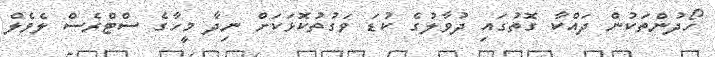
ހޯދުންތަކުން ދައްކާ ގޮތުގައި ދުވާލުގެ ކުޑަ ވަގުތުކޮޅަކަށް ނިދާ މީހާގެ ސްޓްރެސް ލެވެލް